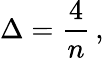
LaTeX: \Delta={\frac{4}{n}}\, ,